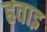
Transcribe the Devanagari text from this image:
हवाइ